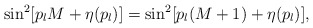
\begin{align*}\sin^2[p_l M+\eta(p_l)]=\sin^2[p_l (M+1)+\eta(p_l)],\end{align*}